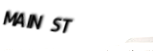
MAIN ST